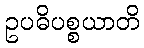
ဥပဓိပစ္စယာတိ